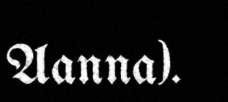
Aanna).